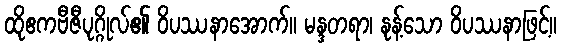
ထိုဧကဗီဇီပုဂ္ဂိုလ်၏ ဝိပဿနာအောက်။ မန္ဒတရာ၊ နုန့်သော ဝိပဿနာဖြင့်။